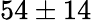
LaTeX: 54\pm 14